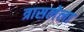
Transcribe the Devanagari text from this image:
त्रासलेला